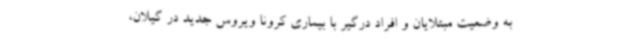
به وضعیت مبتلایان و افراد درگیر با بیماری کرونا ویروس جدید در گیلان،